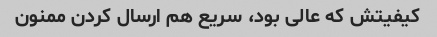
کیفیتش که عالی بود، سریع هم ارسال کردن ممنون